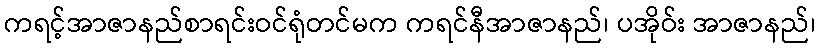
ကရင့်အာဇာနည်စာရင်းဝင်ရုံတင်မက ကရင်နီအာဇာနည်၊ ပအိုဝ်း အာဇာနည်၊